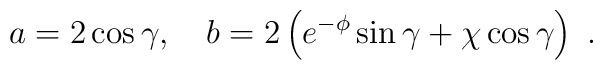
a=2\cos\gamma,\quad b=2\left(e^{-\phi}\sin\gamma+\chi\cos\gamma\right) \ .